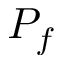
P _ { f }